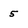
Character: 5